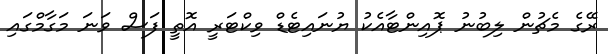
ރޭގެ މެޗުން ލިބުނު ޕޮއިންޓާއެކު ޔުނައިޓެޑް ވިކްޓަރީ އޮތީ ފަސް ވަނަ މަގާމްގައި